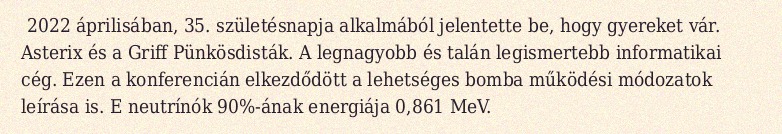
2022 áprilisában, 35. születésnapja alkalmából jelentette be, hogy gyereket vár. Asterix és a Griff Pünkösdisták. A legnagyobb és talán legismertebb informatikai cég. Ezen a konferencián elkezdődött a lehetséges bomba működési módozatok leírása is. E neutrínók 90%-ának energiája 0,861 MeV.